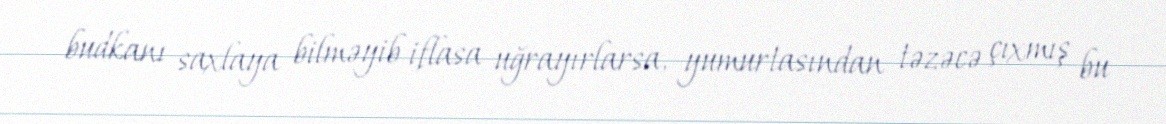
budkanı saxlaya bilməyib iflasa uğrayırlarsa, yumurtasından təzəcə çıxmış bu